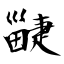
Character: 疀